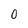
Character: 0